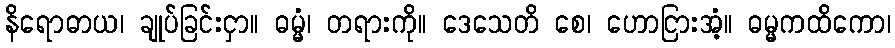
နိရောဓာယ၊ ချုပ်ခြင်းငှာ။ ဓမ္မံ၊ တရားကို။ ဒေသေတိ စေ၊ ဟောငြားအံ့။ ဓမ္မကထိကော၊